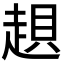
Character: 𧼀